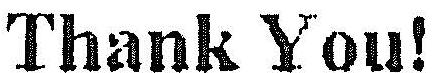
THANK YOU!